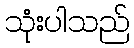
သုံးပါသည်